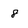
Character: 8